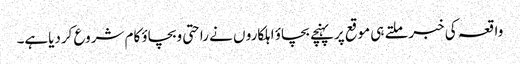
واقعہ کی خبرملتے ہی موقع پرپہنچے بچاؤ اہلکارو ں نے راحتی وبچاؤ کام شروع کردیاہے۔